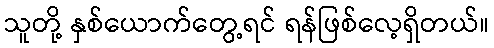
သူတို့ နှစ်ယောက်တွေ့ရင် ရန်ဖြစ်လေ့ရှိတယ်။